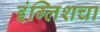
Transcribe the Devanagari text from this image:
इंग्लिशचा